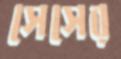
সেসের